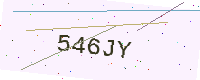
Text: 546JY